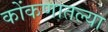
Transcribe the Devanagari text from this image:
कोंकणातल्या